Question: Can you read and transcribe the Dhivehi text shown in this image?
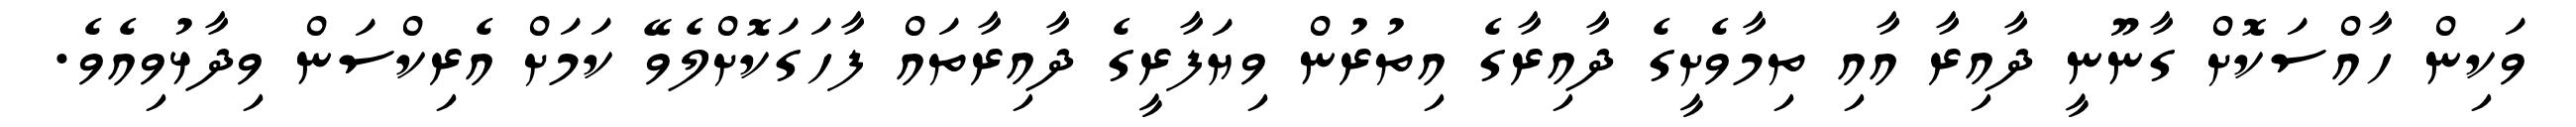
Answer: ވަކިން ހާއްސަކޮށް ގާނޫނީ ދާއިރާ އާއި ތިމާވެށީގެ ދާއިރާގެ އިތުރުން ވިޔަފާރީގެ ދާއިރާތައް ފާހަގަކޮށްލެވޭ ކަމަށް އެރިކްސަން ވިދާޅުވިއެވެ.